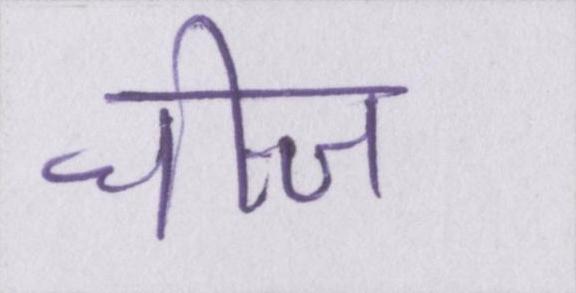
चीज